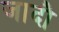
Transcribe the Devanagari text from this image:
जादौ